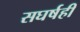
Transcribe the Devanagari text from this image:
सघर्षही